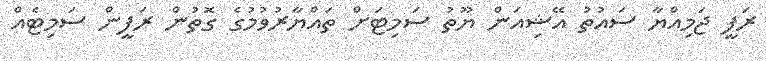
ރަފީ ޖަމިއްޔާ ސައުތު އޭޝިއަން ޔޫތު ސަމިޓަށް ތައްޔާރުވުމުގެ ގޮތުން ރަފީން ސަމިޓެއް